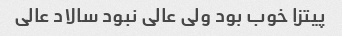
پیتزا خوب بود ولی عالی نبود سالاد عالی